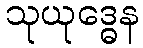
သုယုဒ္ဓေန